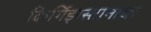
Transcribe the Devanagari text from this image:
किर्गिझस्तानाचा